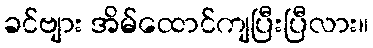
ခင်ဗျား အိမ်ထောင်ကျပြီးပြီလား။